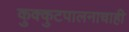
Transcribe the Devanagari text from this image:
कुक्कुटपालनाचाही